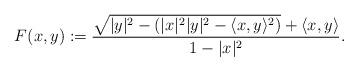
LaTeX: \begin{align*}F(x,y):=\frac{\sqrt{|y|^2-(|x|^2|y|^2-\langle x,y\rangle^2)}+\langle x,y\rangle}{1-|x|^2}.\end{align*}